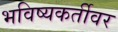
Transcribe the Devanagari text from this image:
भविष्यकर्तीवर